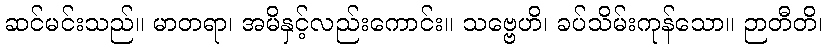
ဆင်မင်းသည်။ မာတရာ၊ အမိနှင့်လည်းကောင်း။ သဗ္ဗေဟိ၊ ခပ်သိမ်းကုန်သော။ ဉာတီတိ၊